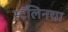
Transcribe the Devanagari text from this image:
स्टॅलिनचा